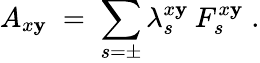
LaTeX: A_{x\mathbf{y}}\; =\; \sum_{s=\pm}\lambda_{s}^{x\mathbf{y}}\: F_{s}^{x\mathbf{y}}\; .